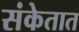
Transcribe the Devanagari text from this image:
संकेतात